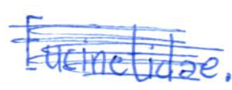
Text: Eucinetidae.
Cross-out: mix
Writing tool: ballpoint